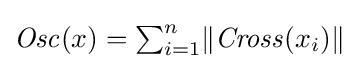
{\mathit {Osc}}(x)=\textstyle \sum _{i=1}^{n}\displaystyle \lVert {\mathit {Cross}}(x_{i})\rVert